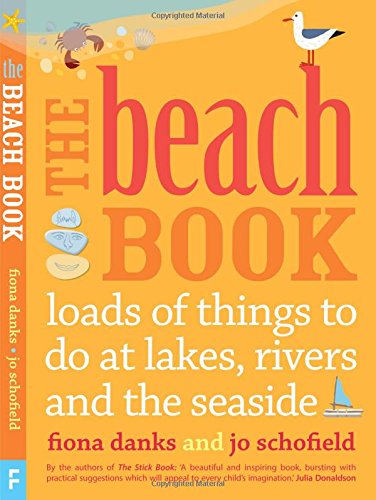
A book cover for The Beach Book: loads of things to do at lakes, rivers and the seaside; Fiona Danks; Children's Books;